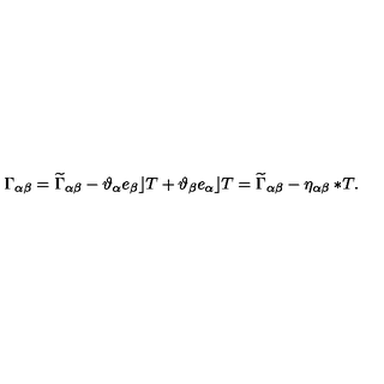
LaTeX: \Gamma _ { \alpha \beta } = \widetilde { \Gamma } _ { \alpha \beta } - \vartheta _ { \alpha } e _ { \beta } \rfloor T + \vartheta _ { \beta } e _ { \alpha } \rfloor T = \widetilde { \Gamma } _ { \alpha \beta } - \eta _ { \alpha \beta } \ast \! T .